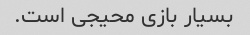
بسیار بازی محیجی است.